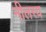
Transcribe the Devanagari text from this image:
नीलस्य